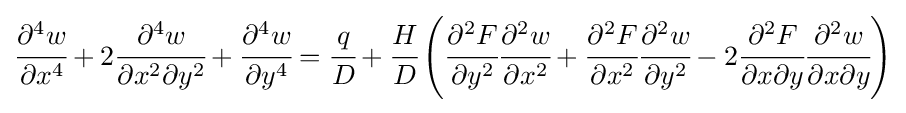
{\cfrac {\partial ^{4}w}{\partial x^{4}}}+2{\cfrac {\partial ^{4}w}{\partial x^{2}\partial y^{2}}}+{\cfrac {\partial ^{4}w}{\partial y^{4}}}={\cfrac {q}{D}}+{\cfrac {H}{D}}\left({\cfrac {\partial ^{2}F}{\partial y^{2}}}{\cfrac {\partial ^{2}w}{\partial x^{2}}}+{\cfrac {\partial ^{2}F}{\partial x^{2}}}{\cfrac {\partial ^{2}w}{\partial y^{2}}}-2{\cfrac {\partial ^{2}F}{\partial x\partial y}}{\cfrac {\partial ^{2}w}{\partial x\partial y}}\right)